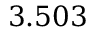
3 . 5 0 3